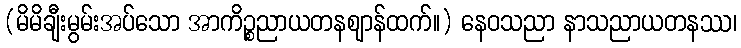
(မိမိချီးမွမ်းအပ်သော အာကိဉ္စညာယတနဈာန်ထက်။) နေဝသညာ နာသညာယတနဿ၊